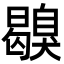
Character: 𦤪